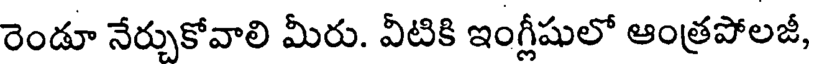
రెండూ నేర్చుకోవాలి మీరు. వీటికి ఇంగ్లీషులో ఆంత్రపోలజీ,